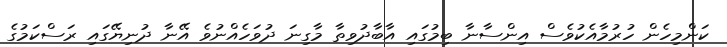
ކަންމިހެން ހުރުމާއެކުވެސް އިންސާނާ ބިމުގައި އާބާދުވިތާ މާގިނަ ދުވަހެއްނުވެ އޭނާ ދުނިޔޭގައި ރަސްކަމުގެ